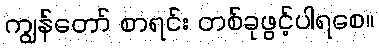
ကျွန်တော် စာရင်း တစ်ခုဖွင့်ပါရစေ။